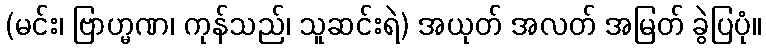
(မင်း၊ ဗြာဟ္မဏ၊ ကုန်သည်၊ သူဆင်းရဲ) အယုတ် အလတ် အမြတ် ခွဲပြပုံ။